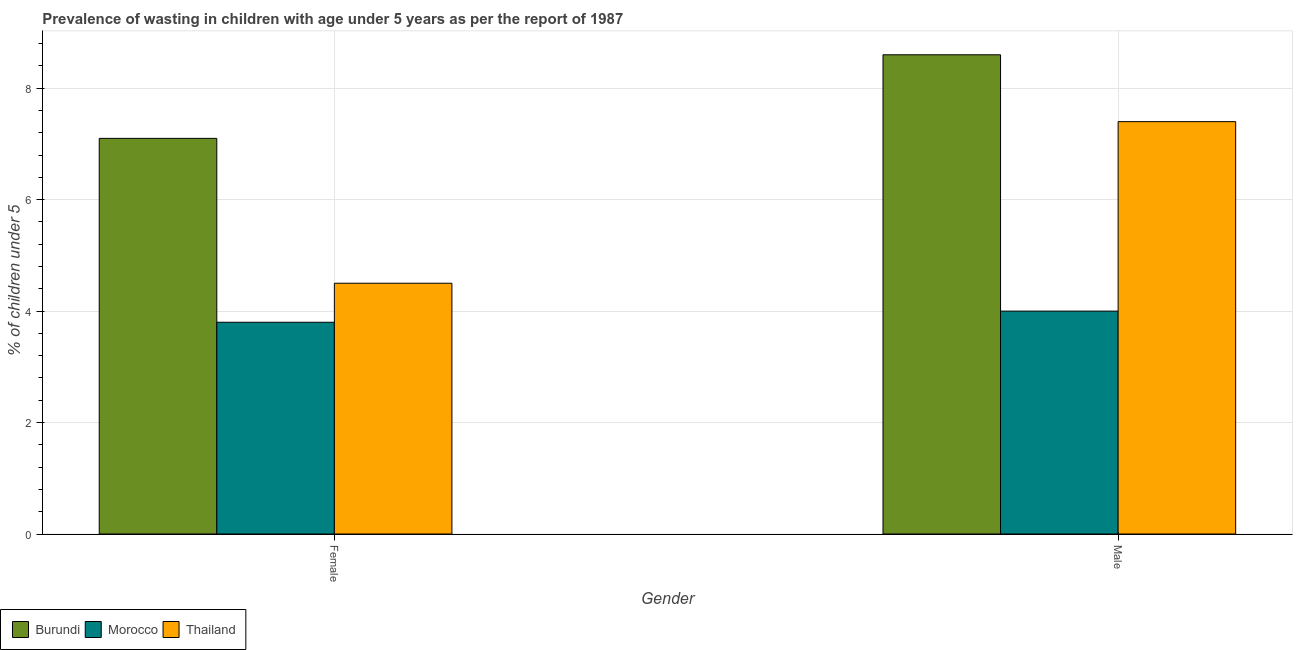
| Gender | Burundi | Morocco | Thailand |
 | --- | --- | --- | --- |
 | Female | 7.1 | 3.8 | 4.5 |
 | Male | 8.6 | 4 | 7.4 |